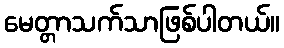
မေတ္တာသက်သာဖြစ်ပါတယ်။